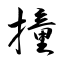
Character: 撞